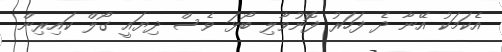
އެކަމަކު އޭނާ ދެ ފަހަރު ފޮނުވާލި ބޯޅަ ވެސް ދިޔައީ ގޯލް ކައިރިން